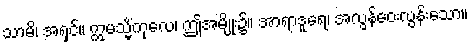
သာမိ၊ အရှင်။ ဣမသ္မိံကုလေ၊ ဤအမျိုး၌။ အာရာဒူရေ၊ အလွန်ဝေးလွန်းသော။